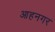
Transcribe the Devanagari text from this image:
आहनगर